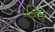
વકિલ